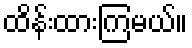
ထိန်းထားကြမယ်။